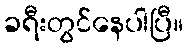
ခရီးတွင်နေပါပြီ။